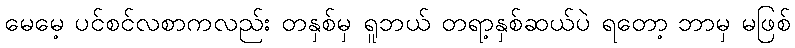
မေမေ့ ပင်စင်လစာကလည်း တနှစ်မှ ရူဘယ် တရာ့နှစ်ဆယ်ပဲ ရတော့ ဘာမှ မဖြစ်